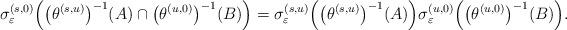
LaTeX: \begin{align*} {\sigma}^{(s,0)}_{\varepsilon}\Big ( \big ( \theta^{(s,u)} \big )^{-1}(A) \cap \big ( \theta^{(u,0)} \big )^{-1}(B) \Big ) = {\sigma}_\varepsilon^{(s, u)}\Big ( \big ( \theta^{(s,u)} \big )^{-1}(A) \Big ) {\sigma}_\varepsilon^{(u, 0)} \Big ( \big( \theta^{(u,0)} \big )^{-1}(B) \Big ). \end{align*}